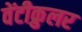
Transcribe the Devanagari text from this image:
वेंटीक्रुलर